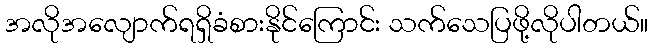
အလိုအလျောက်ရရှိခံစားနိုင်ကြောင်း သက်သေပြဖို့လိုပါတယ်။